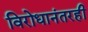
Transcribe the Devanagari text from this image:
विरोधानंतरही